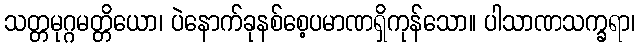
သတ္တမုဂ္ဂမတ္တိယော၊ ပဲနောက်ခုနစ်စေ့ပမာဏရှိကုန်သော။ ပါသာဏသက္ခရာ၊